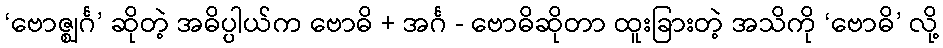
‘ဗောဇ္ဈင်္ဂ’ ဆိုတဲ့ အဓိပ္ပါယ်က ဗောဓိ + အင်္ဂ - ဗောဓိဆိုတာ ထူးခြားတဲ့ အသိကို ‘ဗောဓိ’ လို့